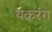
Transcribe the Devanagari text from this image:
यकरंग